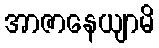
အာဇာနေယျာမိ